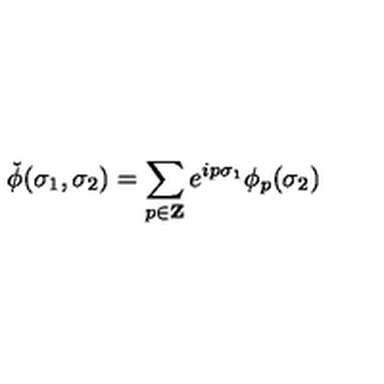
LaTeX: \check { \phi } ( \sigma _ { 1 } , \sigma _ { 2 } ) = \sum _ { p \in { \bf Z } } e ^ { i p \sigma _ { 1 } } \phi _ { p } ( \sigma _ { 2 } )